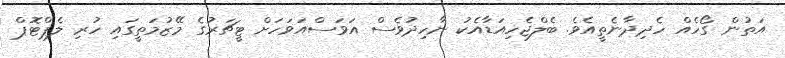
އަތުން ގޯހެއް ހެދިދާނެތީއެވެ. ބެލްޖެހިއަޑާއެކު ނާހިދުވެސް އަވަސްއަވަހަށް ޓީޗަރުގެ މޭޒުމަތީގައި ހުރި ލެޕްޓޮޕް